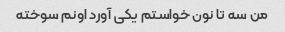
من سه تا نون خواستم یکی آورد اونم سوخته